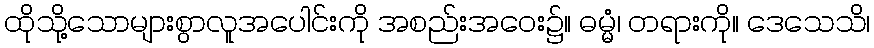
ထိုသို့သောများစွာလူအပေါင်းကို အစည်းအဝေး၌။ ဓမ္မံ၊ တရားကို။ ဒေသေသိ၊